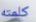
كلمته